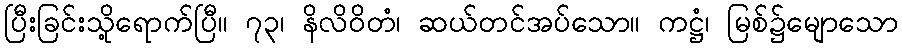
ပြီးခြင်းသို့ရောက်ပြီ။ ၇၃၊ နိလိဝိတံ၊ ဆယ်တင်အပ်သော။ ကဋ္ဌံ၊ မြစ်၌မျောသော